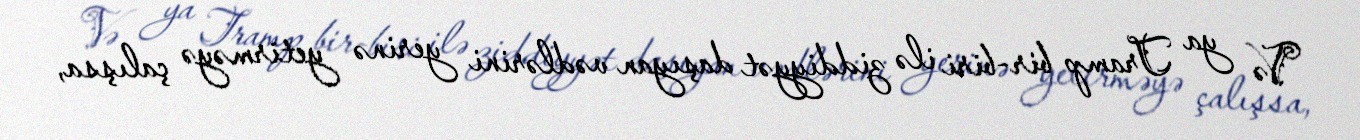
Və ya Tramp bir-biri ilə ziddiyyət daşıyan vədlərini yerinə yetirməyə çalışsa,